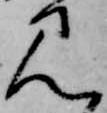
見